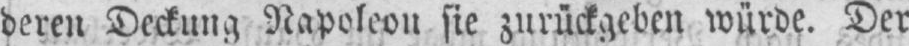
deren Deckung Napoleon sie zurückgeben würde. Der